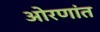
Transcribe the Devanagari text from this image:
ओरणांत